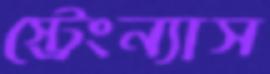
স্ট্রেংন্যাস